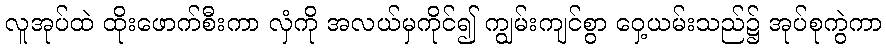
လူအုပ်ထဲ ထိုးဖောက်စီးကာ လှံကို အလယ်မှကိုင်၍ ကျွမ်းကျင်စွာ ဝှေ့ယမ်းသည်၌ အုပ်စုကွဲကာ